Civil Veterinary Dept. Bombay admin report 1923-31 - 1923-1931
Year: 1923
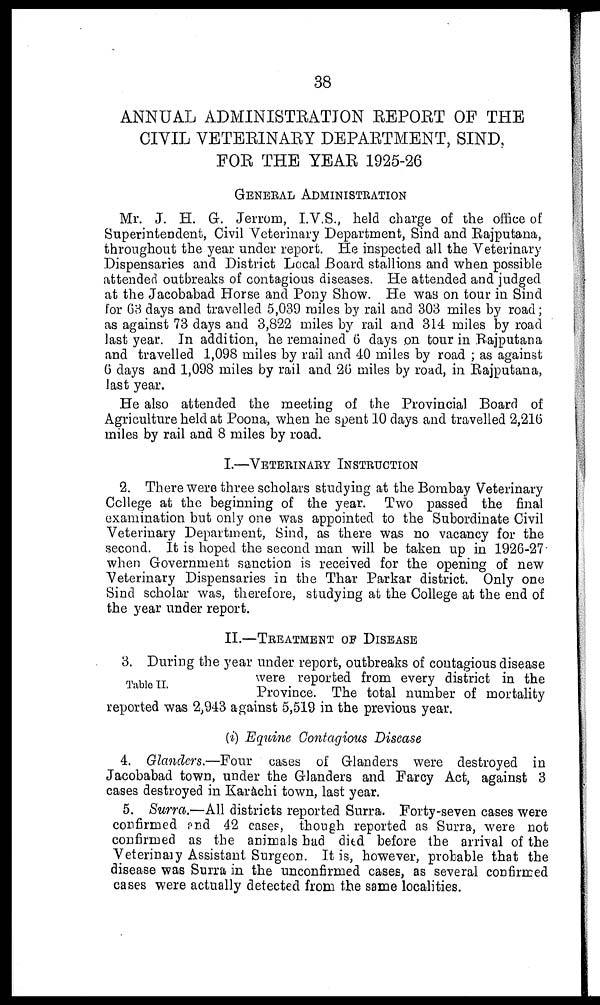
38
ANNUAL ADMINISTRATION REPORT OF THE
CIVIL VETERINARY DEPARTMENT, SIND,
FOR THE YEAR 1925-26
GENERAL ADMINISTRATION
Mr. J. H. G. Jerrom, I.V.S., held charge of the office of
Superintendent, Civil Veterinary Department, Sind and Rajputana,
throughout the year under report. He inspected all the Veterinary
Dispensaries and District Local Board stallions and when possible
attended outbreaks of contagious diseases. He attended and judged
at the Jacobabad Horse and Pony Show. He was on tour in Sind
for 63 days and travelled 5,039 miles by rail and 303 miles by road;
as against 73 days and 3,822 miles by rail and 314 miles by road
last year. In addition, he remained 6 days on tour in Rajputana
and travelled 1,098 miles by rail and 40 miles by road ; as against
6 days and 1,098 miles by rail and 26 miles by road, in Rajputana,
last year.
He also attended the meeting of the Provincial Board of
Agriculture held at Poona, when he spent 10 days and travelled 2,216
miles by rail and 8 miles by road.
I.—VETERINARY INSTRUCTION
2. There were three scholars studying at the Bombay Veterinary
College at the beginning of the year. Two passed the final
examination but only one was appointed to the Subordinate Civil
Veterinary Department, Sind, as there was no vacancy for the
second. It is hoped the second man will be taken up in 1926-27
when Government sanction is received for the opening of new
Veterinary Dispensaries in the Thar Parkar district. Only one
Sind scholar was, therefore, studying at the College at the end of
the year under report.
II.—TREATMENT OF DISEASE
Table II.
3. During the year under report, outbreaks of contagious disease
were reported from every district in the
Province. The total number of mortality
reported was 2,943 against 5,519 in the previous year.
(i) Equine Contagious Disease
4. Glanders.—Four cases of Glanders were destroyed in
Jacobabad town, under the Glanders and Farcy Act, against 3
cases destroyed in Karachi town, last year.
5. Surra.—All districts reported Surra. Forty-seven cases were
confirmed and 42 cases, though reported as Surra, were not
confirmed as the animals had died before the arrival of the
Veterinary Assistant. Surgeon. It is, however, probable that the
disease was Surra in the unconfirmed cases, as several confirmed
cases were actually detected from the same localities.